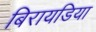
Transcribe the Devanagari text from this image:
बिरायडिया